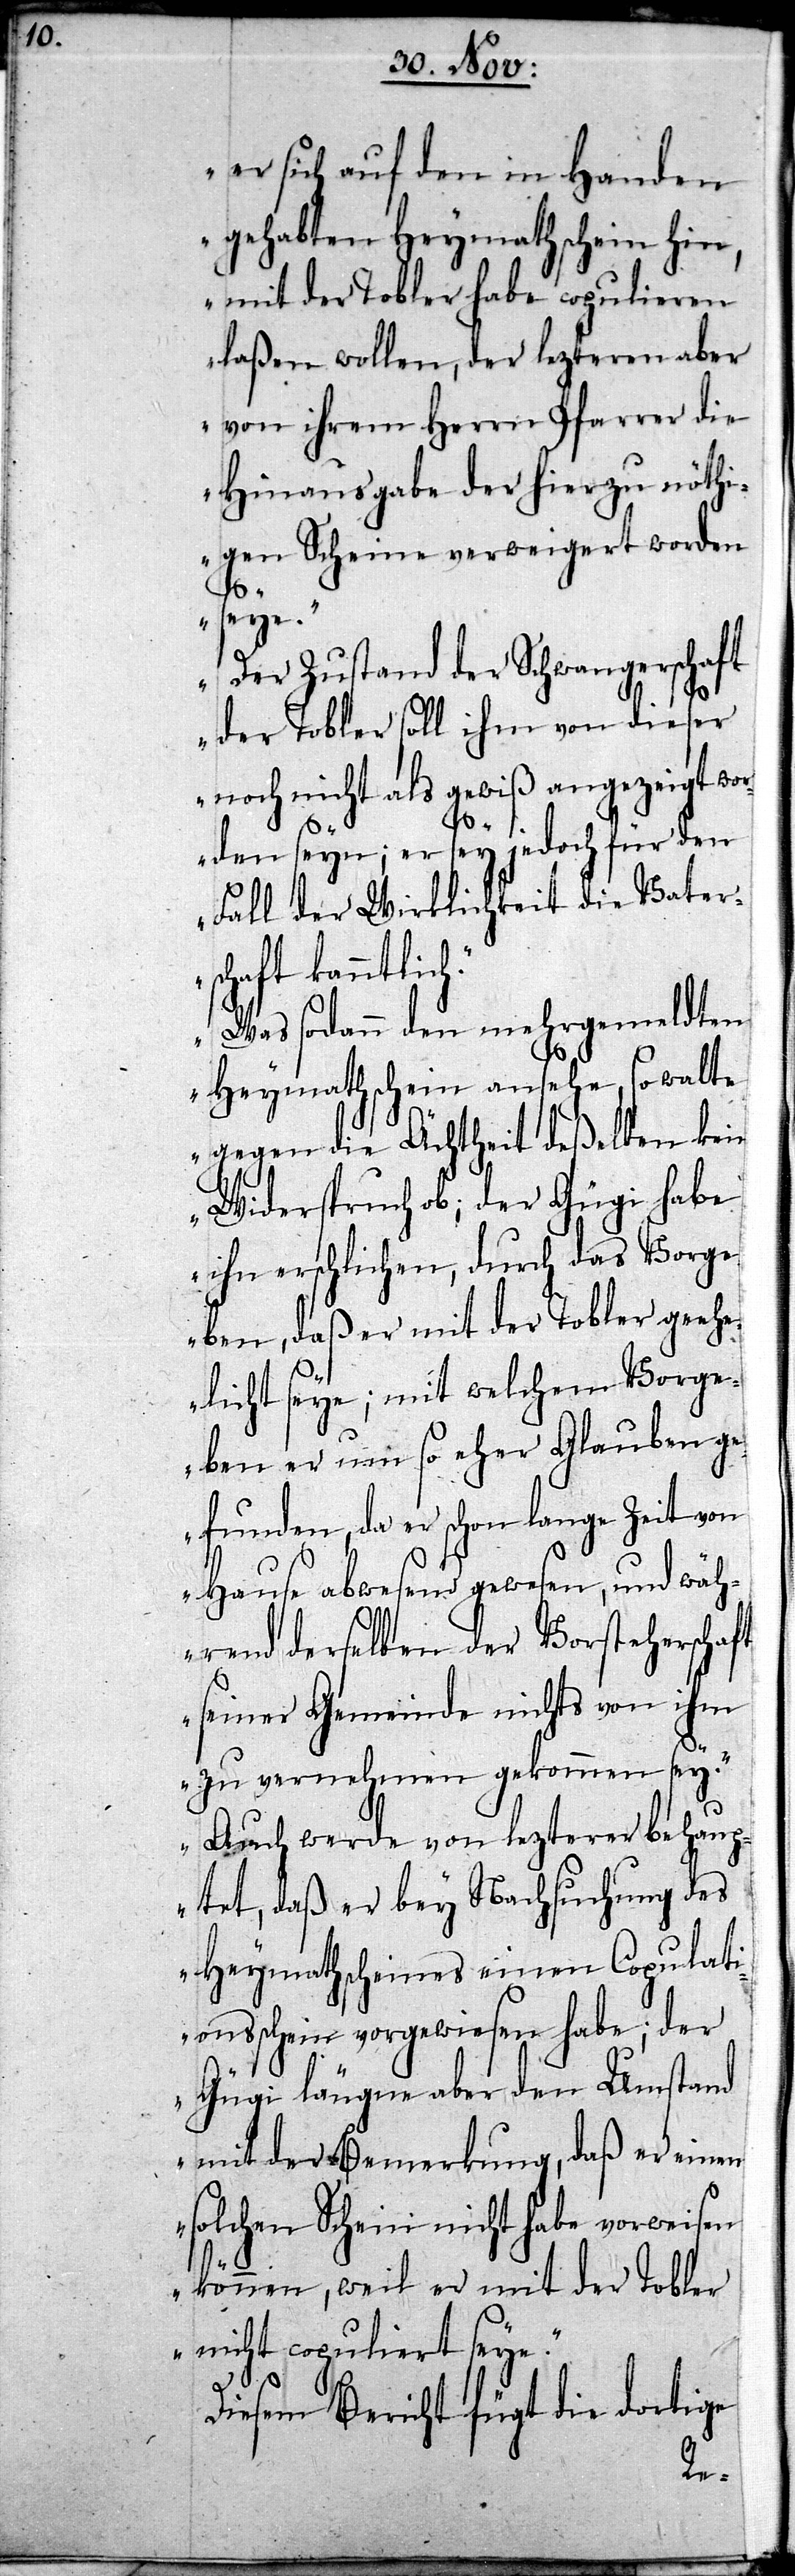
er sich auf den in Handen
gehabten Heymathschein hin,
mit der Tobler habe copulieren
laßen wollen, der lezteren aber
von ihrem Herrn Pfarrer die
Hinausgabe der hierzu nöthi¬
gen Scheine verweigert worden
seye.
Der Zustand der Schwangerschaft
der Tobler soll ihm von dieser
noch nicht als gewiß angezeigt wo¬
rden seyn; er sey jedoch für den
Fall der Wirklichkeit die Vater¬
schaft kanntlich.
Was sodann den mehrgemeldten
Heymathschein ansehe, so walte
gegen die Ächtheit deßelben kein
Widerspruch ob; der Gügi habe
ihn erschlichen, durch das Vorge¬
ben, daß er mit der Tobler geehe¬
licht seye; mit welchem Vorge¬
ben er um so eher Glauben ge¬
funden, da er schon lange Zeit von
Hause abwesend gewesen, und wäh¬
rend derselben der Vorsteherschaft
seiner Gemeinde nichts von ihm
zu vernehmen gekommen sey.
Auch werde von letzterer behaup¬
tet, daß er bey Nachsuchung des
Heymathscheines einen Copulati¬
onsschein vorgewiesen habe; der
Gügi läugne aber den Umstand
mit der Bemerkung, daß er einen
solchen Schein nicht habe vorweisen
können, weil er mit der Toble¬
r nicht copuliert seye.“
Diesem Bericht fügt die dortige